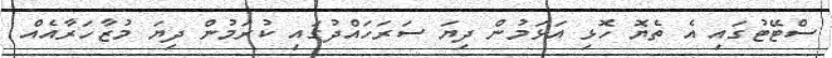
ސްޓޭޓުގައި އެ ތެޔޮ ހޮޅި އަޅަމުން ދިޔަ ސަރަހައްދުގައި ކުރަމުން ދިޔަ މުޒާހަރާއެއް